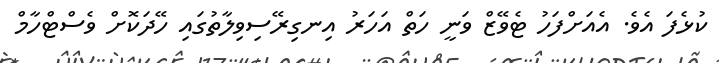
ކުޅެފަ އެވެ. އެއަށްފަހު ޓެވޭޒް ވަނީ ހަތް އަހަރު އިނގިރޭސިވިލާތުގައި ހޭދަކޮށް ވެސްޓްހާމް